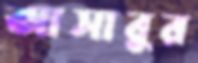
আসাবুর